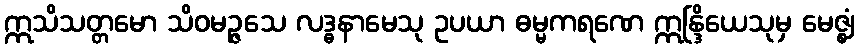
ဣသိသတ္တမော သိဝမဉ္ဇသေ လဒ္ဓနာမေသု ဥပယာ ဓမ္မကရဏေ ဣန္ဒြိယေသုမှ မေဇ္ဈံ